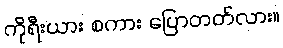
ကိုရီးယား စကား ပြောတတ်လား။